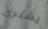
يشترى